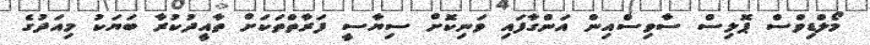
މޯލްޑިވްސް ޕޮލިސް ސާވިސްއިން އަންގާފައި ވަނިކޮށް ސިޔާސީ ފަރާތްތަކަށް ތާއީދުކުރާ ބަޔަކު މިއަދުގެ